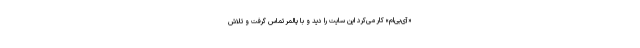
«آی‌بی‌ام» کار می‌کرد این سایت را دید و با پالمر تماس گرفت و تلاش